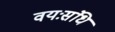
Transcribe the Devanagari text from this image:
वयःसंधि